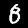
Label: 8